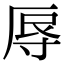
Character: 𭔱